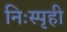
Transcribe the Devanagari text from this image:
निःस्पृही